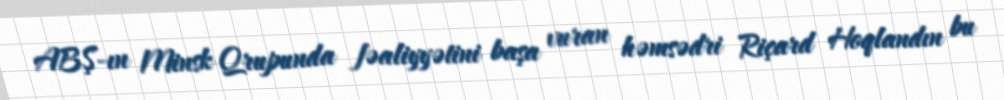
ABŞ-ın Minsk Qrupunda fəaliyyətini başa vuran həmsədri Riçard Hoqlandın bu